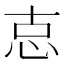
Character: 怘